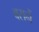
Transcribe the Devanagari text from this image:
बसनें